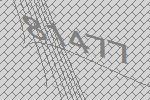
81477